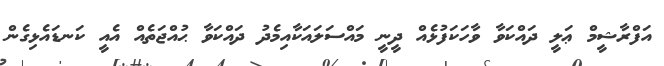
އަފްރާޝީމް ޢަލީ ދައްކަވާ ވާހަކަފުޅެއް ދީނީ މައްސަލައަކާއިމެދު ދައްކަވާ ޙުއްޖަތެއް އެއީ ކަނޑައެޅިގެން